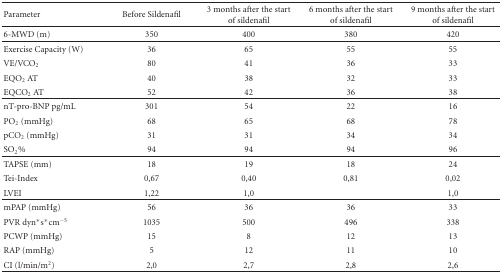
<table><thead><tr><td><b> Parameter</b></td><td><b>Before Sildenafil</b></td><td><b>3 months after the start of sildenafil</b></td><td><b>6 months after the start of sildenafil</b></td><td><b>9 months after the start of sildenafil</b></td></tr></thead><tbody><tr><td>6-MWD (m)</td><td>350</td><td>400</td><td>380</td><td>420</td></tr><tr><td>Exercise Capacity (W)</td><td>36</td><td>65</td><td>55</td><td>55</td></tr><tr><td>VE/VCO<sub>2</sub></td><td>80</td><td>41</td><td>36</td><td>33</td></tr><tr><td>EQO<sub>2</sub> AT</td><td>40</td><td>38</td><td>32</td><td>33</td></tr><tr><td>EQCO<sub>2</sub> AT</td><td>52</td><td>42</td><td>36</td><td>38</td></tr><tr><td>nT-pro-BNP pg/mL</td><td>301</td><td>54</td><td>22</td><td>16</td></tr><tr><td>PO<sub>2</sub> (mmHg)</td><td>68</td><td>65</td><td>68</td><td>78</td></tr><tr><td>pCO<sub>2</sub> (mmHg)</td><td>31</td><td>31</td><td>34</td><td>34</td></tr><tr><td>SO<sub>2</sub>%</td><td>94</td><td>94</td><td>94</td><td>96</td></tr><tr><td>TAPSE (mm)</td><td>18</td><td>19</td><td>18</td><td>24</td></tr><tr><td>Tei-Index</td><td>0,67</td><td>0,40</td><td>0,81</td><td>0,02</td></tr><tr><td>LVEI</td><td>1,22</td><td>1,0</td><td></td><td>1,0</td></tr><tr><td>mPAP (mmHg)</td><td>56</td><td>36</td><td>36</td><td>33</td></tr><tr><td>PVR dyn*s*cm<sup>−5</sup></td><td>1035</td><td>500</td><td>496</td><td>338</td></tr><tr><td>PCWP (mmHg)</td><td>15</td><td>8</td><td>12</td><td>13</td></tr><tr><td>RAP (mmHg)</td><td>5</td><td>12</td><td>11</td><td>10</td></tr><tr><td>CI (l/min/m<sup>2</sup>)</td><td>2,0</td><td>2,7</td><td>2,8</td><td>2,6</td></tr></tbody></table>